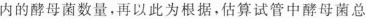
内的酵母菌数量，再以此为根据，估算试管中酵母菌总